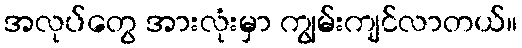
အလုပ်တွေ အားလုံးမှာ ကျွမ်းကျင်လာတယ်။